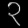
Digit: ၃